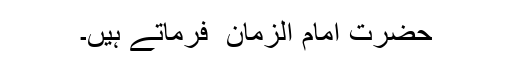
حضرت امام الزمان ؑ فرماتے ہیں۔